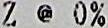
Z @ 0%